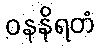
ဝနနိရတံ